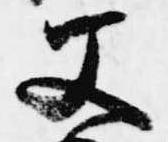
父